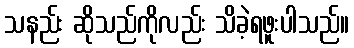
သနည်း ဆိုသည်ကိုလည်း သိခဲ့ရဖူးပါသည်။